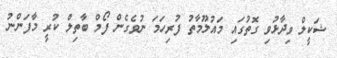
ޝަކީލް ވިދާޅުވި ގޮތުގައި މައުލޫމާތު ފުރިހަމަ ނުވެގެން ފޯމް ބާތިލް ކުރީ މާފަންނު